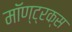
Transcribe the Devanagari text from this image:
मॉण्ट्रक्स